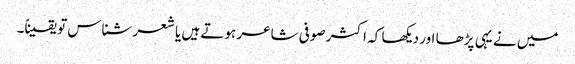
میں نے یہی پڑھا اور دیکھا کہ اکثر صوفی شاعر ہوتے ہیں یا شعر شناس تو یقیناً۔